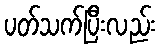
ပတ်သက်ပြီးလည်း